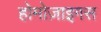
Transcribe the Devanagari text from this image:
होमोज़ाइगस